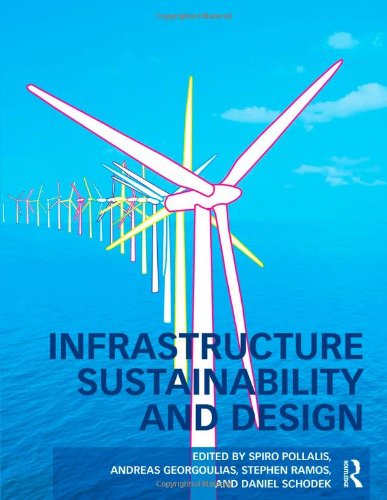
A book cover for Infrastructure Sustainability and Design; Arts & Photography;